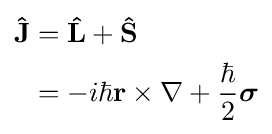
{\begin{aligned}\mathbf {\hat {J}} &=\mathbf {\hat {L}} +\mathbf {\hat {S}} \\&=-i\hbar \mathbf {r} \times \nabla +{\frac {\hbar }{2}}{\boldsymbol {\sigma }}\end{aligned}}